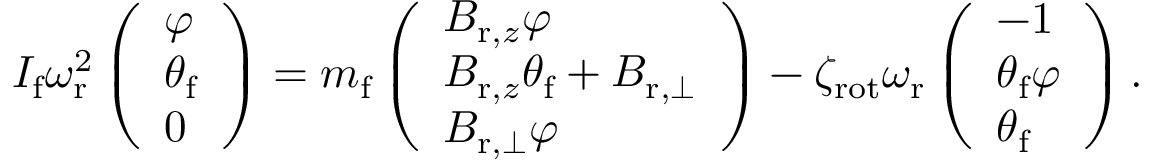
\begin{array} { r } { I _ { \mathrm { f } } \omega _ { \mathrm { r } } ^ { 2 } \left( \begin{array} { l } { \varphi } \\ { \theta _ { \mathrm { f } } } \\ { 0 } \end{array} \right) = m _ { \mathrm { f } } \left( \begin{array} { l } { B _ { \mathrm { r } , z } \varphi } \\ { B _ { \mathrm { r } , z } \theta _ { \mathrm { f } } + B _ { \mathrm { r } , \perp } } \\ { B _ { \mathrm { r } , \perp } \varphi } \end{array} \right) - \zeta _ { \mathrm { r o t } } \omega _ { \mathrm { r } } \left( \begin{array} { l } { - 1 } \\ { \theta _ { \mathrm { f } } \varphi } \\ { \theta _ { \mathrm { f } } } \end{array} \right) . } \end{array}